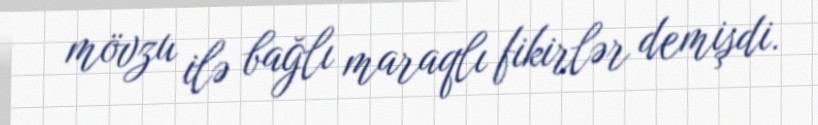
mövzu ilə bağlı maraqlı fikirlər demişdi.